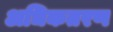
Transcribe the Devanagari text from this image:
अधिकतरण